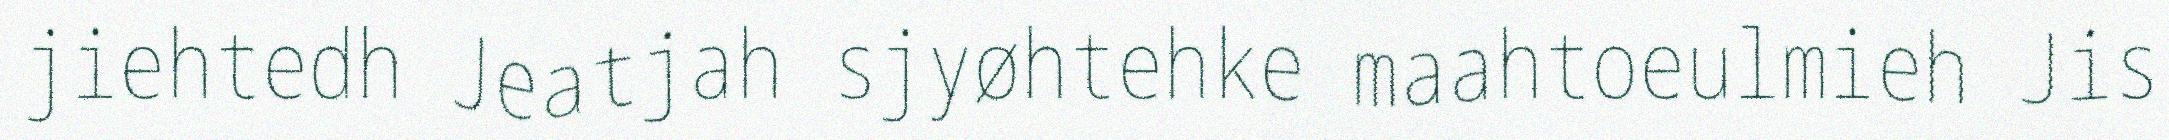
jiehtedh Jeatjah sjyøhtehke maahtoeulmieh Jis